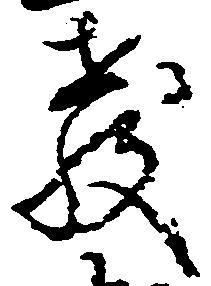
教